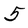
Character: 5